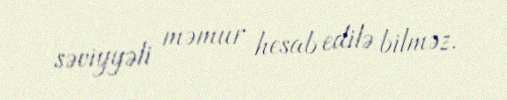
səviyyəli məmur hesab edilə bilməz.